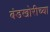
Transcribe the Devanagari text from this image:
बंडखोरीच्या